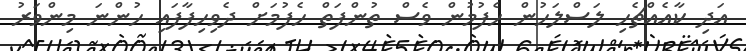
އަދި ކާއެއްޗެހި ލަސްލަހުން ހެފުމުން ވެސް ތުންފަތް ހެފުމަށް ދެވިހިފާފައި ހުންނަ މިންވަރު